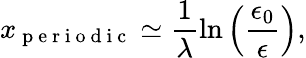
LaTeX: x_{\mathrm{~p~e~r~i~o~d~i~c~}}\simeq\frac{1}{\lambda}\ln\left(\frac{\epsilon_{0}}{\epsilon}\right),